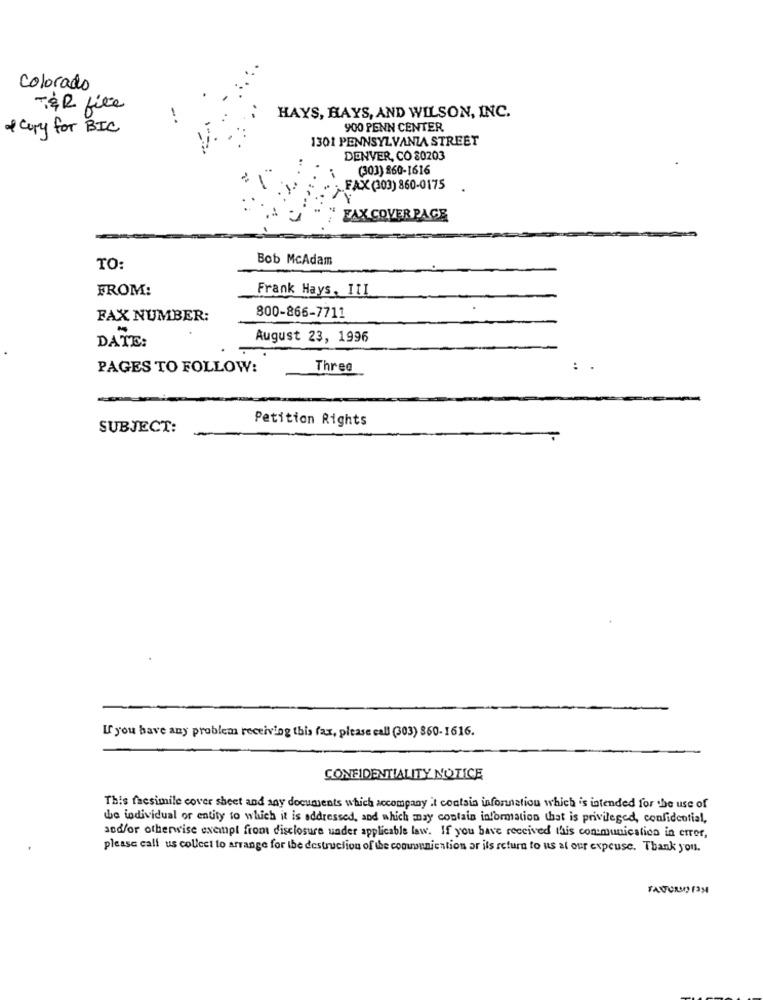
Colorado
TER fiée
HAYS, HAYS, AND WILSON, INC.
& copy for BIC
900 PENN CENTER
1301 PENNSYLVANIA STREET
DENVER, CO 80203
(303) 860-1616
FAX (303) 860-0175
FAX COVER PAGE
Bob McAdam
TO:
FROM:
Frank Hays, ITI
FAX NUMBER:
800-866-7711
August 23, 1996
DATE:
PAGES TO FOLLOW:
Three
Petition Rights
SUBJECT:
L'you have any problem receiving this fax, please call (303) 860-1616.
CONFIDENTIALITY NOTICE
This facsimile cover sheet and any documents which accompany it contain information which is intended for the use of
the individual or entity to which it is addressed, and which may contain information that is privileged, confidential,
sod/or otherwise exempt from disclosure under applicable law. If you have received this communication in error,
please call us collect to arrange for the destruction of the communication or its return to us at our expeuse. Thank you.
TANTURNO 139